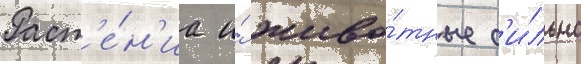
Раст'е́н'иа и́ живо́тные с'и́льно